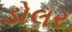
ડોલર